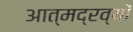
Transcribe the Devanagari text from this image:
आत्मद्रव्यों